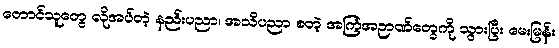
တောင်သူတွေ လိုအပ်တဲ့ နည်းပညာ၊ အသိပညာ စတဲ့ အကြံအဉာဏ်တွေကို သွားပြီး မေးမြန်း